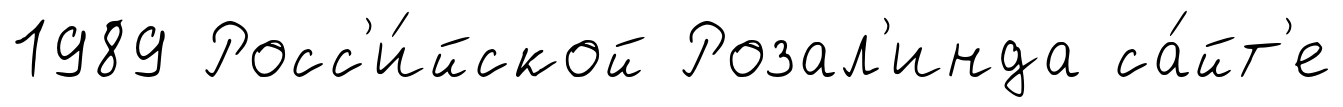
1989 Росс'и́йской Розал'инда са́йт'е